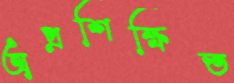
অপ্রশিক্ষিত